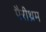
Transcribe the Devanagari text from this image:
पैरीथ्रम